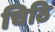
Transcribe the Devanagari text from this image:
चिठि